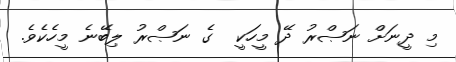
މި ދީނަށް ނަޞްރު ދޭ މީހަކީ  ގެ ނަޞްރު ލިބޭނެ މީހެކެވެ.